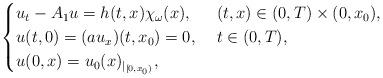
LaTeX: \begin{align*}\begin{cases}u_t - A_1u =h(t,x) \chi_{\omega}(x), & \ (t,x) \in (0,T) \times (0,x_0), \\ u(t,0)=(au_x)(t,x_0)=0, & \ t \in (0,T),\\ u(0,x)=u_0(x)_{|_{[0,x_0)}},\end{cases}\end{align*}